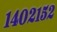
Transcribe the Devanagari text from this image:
१४०२१५२